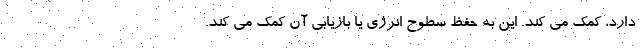
دارد، کمک می کند. این به حفظ سطوح انرژی یا بازیابی آن کمک می کند.